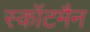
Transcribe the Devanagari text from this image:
स्कॉटमैन